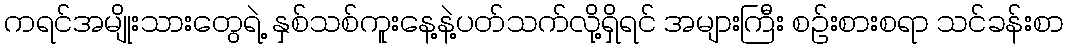
ကရင်အမျိုးသားတွေရဲ့ နှစ်သစ်ကူးနေ့နဲ့ပတ်သက်လို့ရှိရင် အများကြီး စဉ်းစားစရာ သင်ခန်းစာ